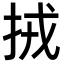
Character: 𢫨